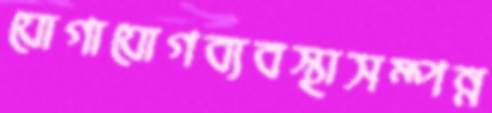
যোগাযোগব্যবস্থাসম্পন্ন